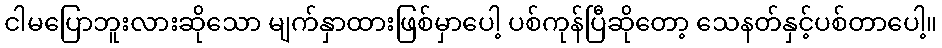
ငါမပြောဘူးလားဆိုသော မျက်နှာထားဖြစ်မှာပေါ့ ပစ်ကုန်ပြီဆိုတော့ သေနတ်နှင့်ပစ်တာပေါ့။